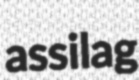
assilag